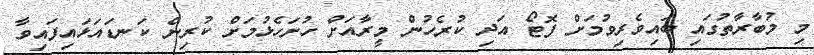
މި މުބާރާތުގައި ބައިވެރިވުމަށް ފޮޓޯ އަދި ކުރެހުން މީރާއަށް ހުށަހެޅުމަށް ކުރިން ކަނޑައަޅައިފައިވާ